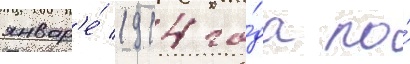
январ'е́ 1914 го́да по́